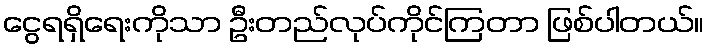
ငွေရရှိရေးကိုသာ ဦးတည်လုပ်ကိုင်ကြတာ ဖြစ်ပါတယ်။